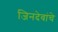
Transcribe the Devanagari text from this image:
जिनदेवांचे